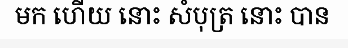
មក ហើយ នោះ សំបុត្រ នោះ បាន